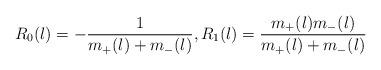
LaTeX: \begin{align*}R_0(\l)=-\frac{1}{m_+(\l)+m_-(\l)},R_1(\l)=\frac{m_+(\l)m_-(\l)}{m_+(\l)+m_-(\l)}\end{align*}